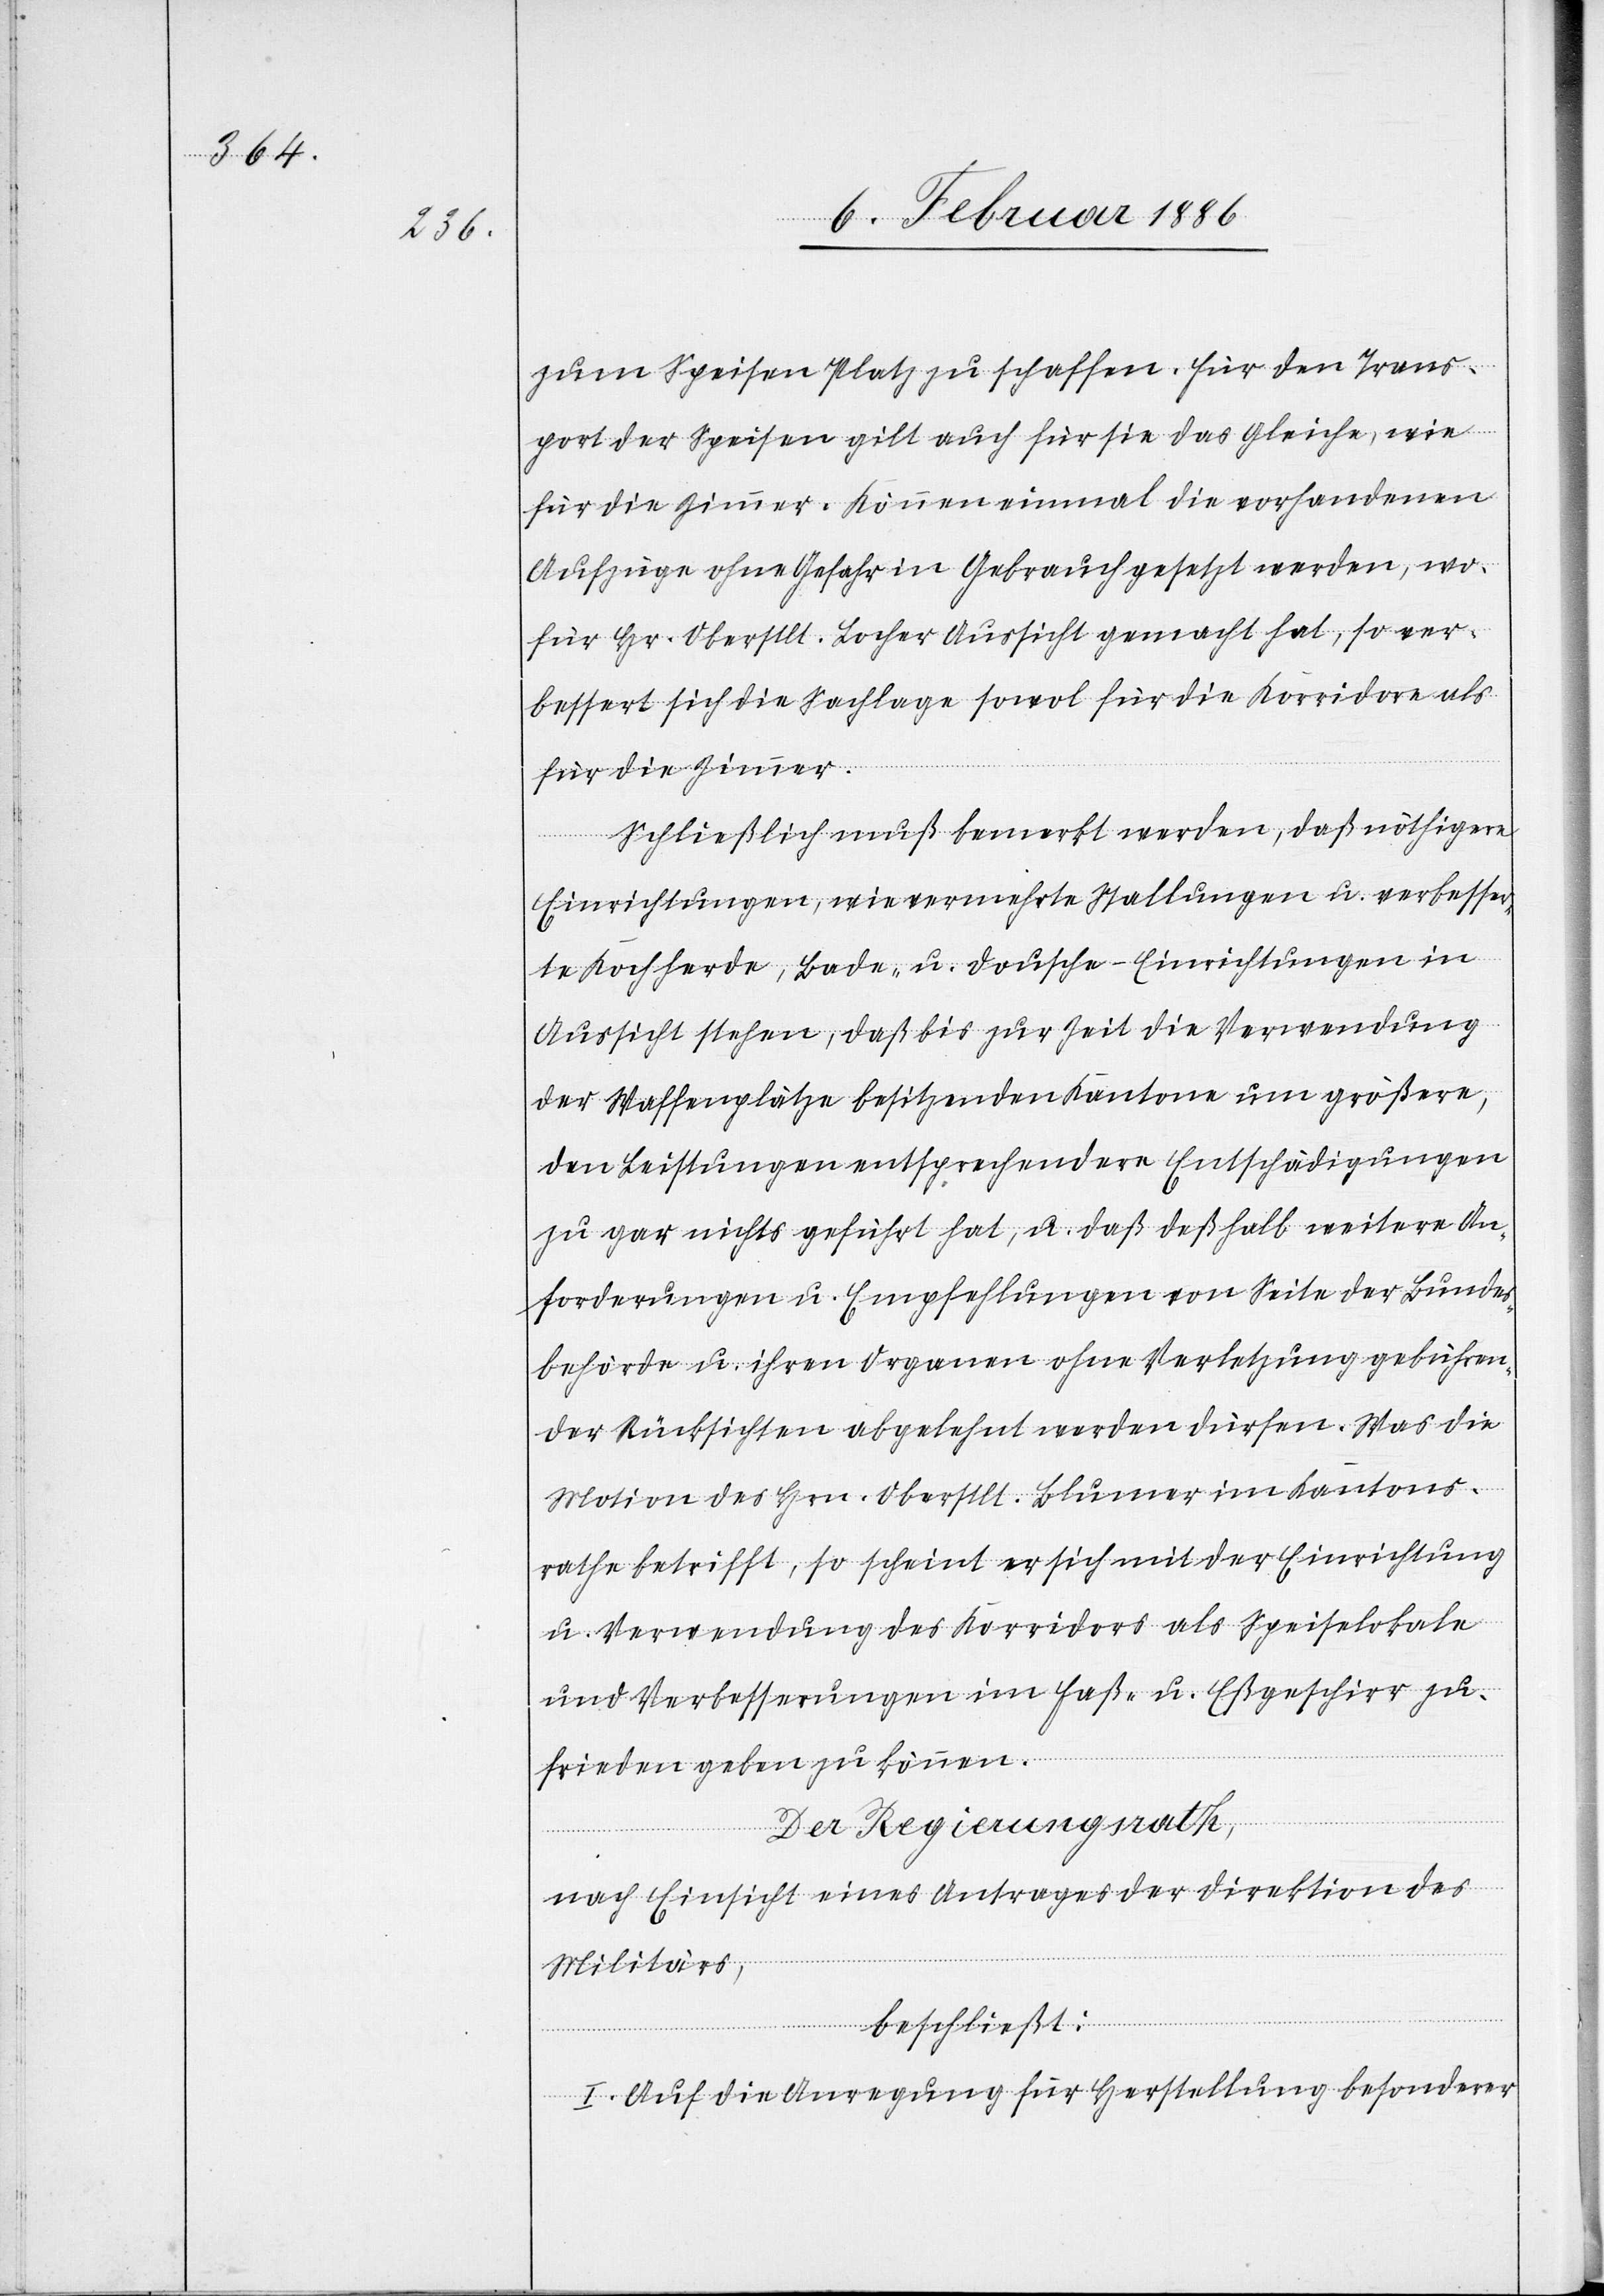
zum Speisen Platz zu schaffen. Für den Trans¬
port der Speisen gilt auch für sie das Gleiche, wie
für die Zimmer. Können einmal die vorhandenen
Aufzüge ohne Gefahr in Gebrauch gesetzt werden, wo¬
für Hr. Oberstlt. Locher Aussicht gemacht hat, so ver¬
bessert sich die Sachlage sowol für die Korridore als
für die Zimmer.
Schließlich muß bemerkt werden, daß nöthige
Einrichtungen, wie vermehrte Stallungen u. verbesser¬
te Kochherde, Bade- u. Dousche-Einrichtungen in
Aussicht stehen, daß bis zur Zeit die Verwendung
der Waffenplätze besitzenden Kantone um größere,
den Leistungen entsprechenden Entschädigungen
zu gar nichts geführt hat, u. daß deßhalb weitere An¬
forderungen u. Empfehlungen von Seite der Bundes¬
behörde u. ihren Organen ohne Verletzungen gebühren¬
der Rücksichten abgelegt werden dürfen. Was die
Motion des Hrn. Oberstlt. Blumer im Kantons¬
rathe betrifft, so scheint er sich mit der Einrichtung
u. Verwendung des Korridors als Speiselokale
und Verbesserungen im Faß- u. Eßgeschirr zu¬
frieden geben zu können.
Der Regierungsrath,
nach Einsicht eines Antrages der Direktion des
Militärs,
beschließt:
I. Auf die Anregung für Herstellung besonderer